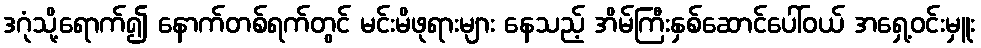
ဒဂုံသို့ရောက်၍ နောက်တစ်ရက်တွင် မင်းမိဖုရားများ နေသည့် အိမ်ကြီးနှစ်ဆောင်ပေါ်ဝယ် အရှေ့ဝင်းမှူး